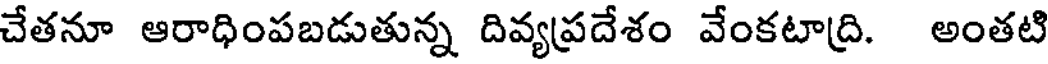
చేతనూ ఆరాధింపబడుతున్న దివ్యప్రదేశం వేంకటాద్రి. అంతటి